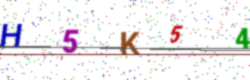
Text: H5K54